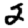
Digit: 2